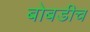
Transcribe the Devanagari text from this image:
बोबडीच